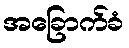
အခြောက်ခံ